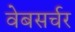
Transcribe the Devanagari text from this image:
वेबसर्चर